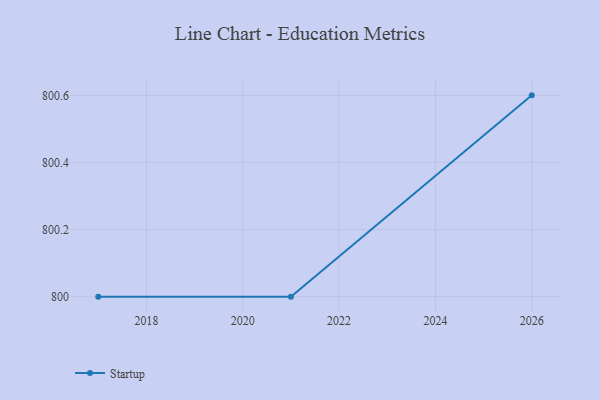
{"axis": {"x": "Year", "y": "Backlog"}, "legend": ["Startup"], "data": [{"x": "2026", "y": 800.6, "type": "Startup"}, {"x": "2021", "y": 800, "type": "Startup"}, {"x": "2017", "y": 800, "type": "Startup"}]}